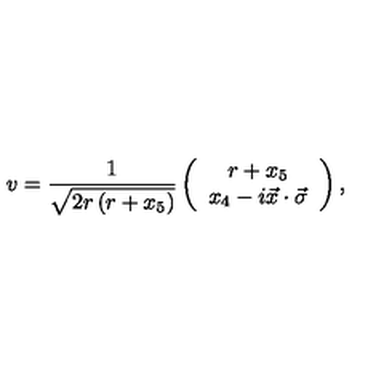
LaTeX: v = \frac { 1 } { \sqrt { 2 r \left( r + x _ { 5 } \right) } } \left( \begin{array} { c } { r + x _ { 5 } } \\ { x _ { 4 } - i \vec { x } \cdot \vec { \sigma } } \\ \end{array} \right) ,